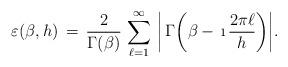
LaTeX: \begin{align*} \varepsilon(\beta,h)\,=\,\frac{2}{\Gamma(\beta)}\,\sum_{\ell=1}^\infty\,\bigg|\,\Gamma\bigg(\beta-\,\i\,\frac{2\pi\ell}{h}\bigg)\bigg|.\end{align*}